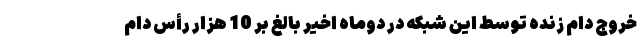
خروج دام زنده توسط این شبکه در دوماه اخیر بالغ بر 10 هزار رأس دام